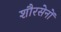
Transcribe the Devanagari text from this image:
शौरसेनों